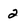
Character: 2